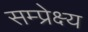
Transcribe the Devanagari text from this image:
सम्प्रेक्ष्य